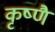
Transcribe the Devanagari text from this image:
कृष्णै